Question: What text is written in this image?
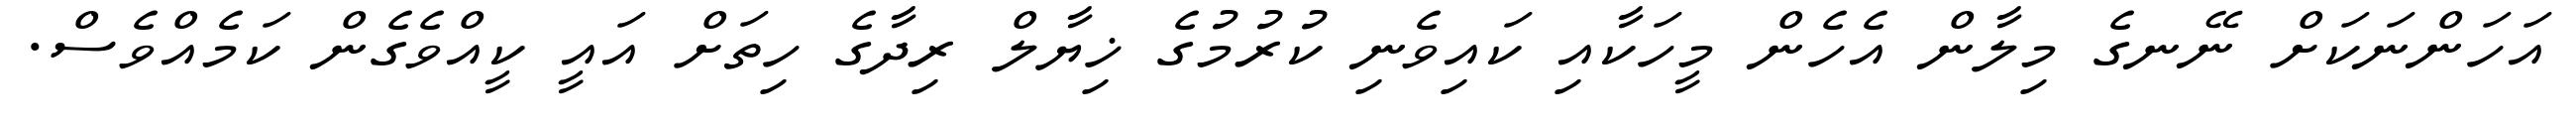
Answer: އަހަންނަކަށް ނޭނގެ މިލާން އެހެން މީހަކާއި ކައިވެނި ކުރުމުގެ ޚިޔާލް ރިދާގެ ހިތަށް އައީ ކީއްވެގެން ކަމެއްވެސް.